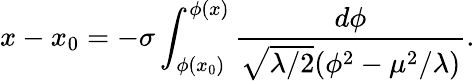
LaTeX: x-x_{0}=-\sigma\int_{\phi(x_{0})}^{\phi(x)}\frac{d\phi}{\sqrt{\lambda/2}(\phi^{2}-\mu^{2}/\lambda)}.